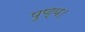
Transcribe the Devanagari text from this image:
पुण्य।